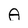
Character: A